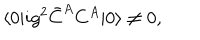
\langle 0 | i g ^ { 2 } \bar { C } ^ { A } C ^ { A } | 0 \rangle \not = 0 ,